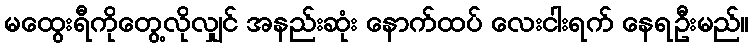
မထွေးရီကိုတွေ့လိုလျှင် အနည်းဆုံး နောက်ထပ် လေးငါးရက် နေရဦးမည်။